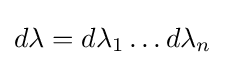
{\textstyle d\lambda =d\lambda _{1}\dots d\lambda _{n}}